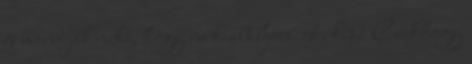
és mondják neki, hogy ne kiabáljon. 4. kép: Csakhogy